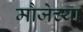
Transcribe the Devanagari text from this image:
मौजेच्या